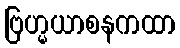
ဗြဟ္မယာစနကထာ